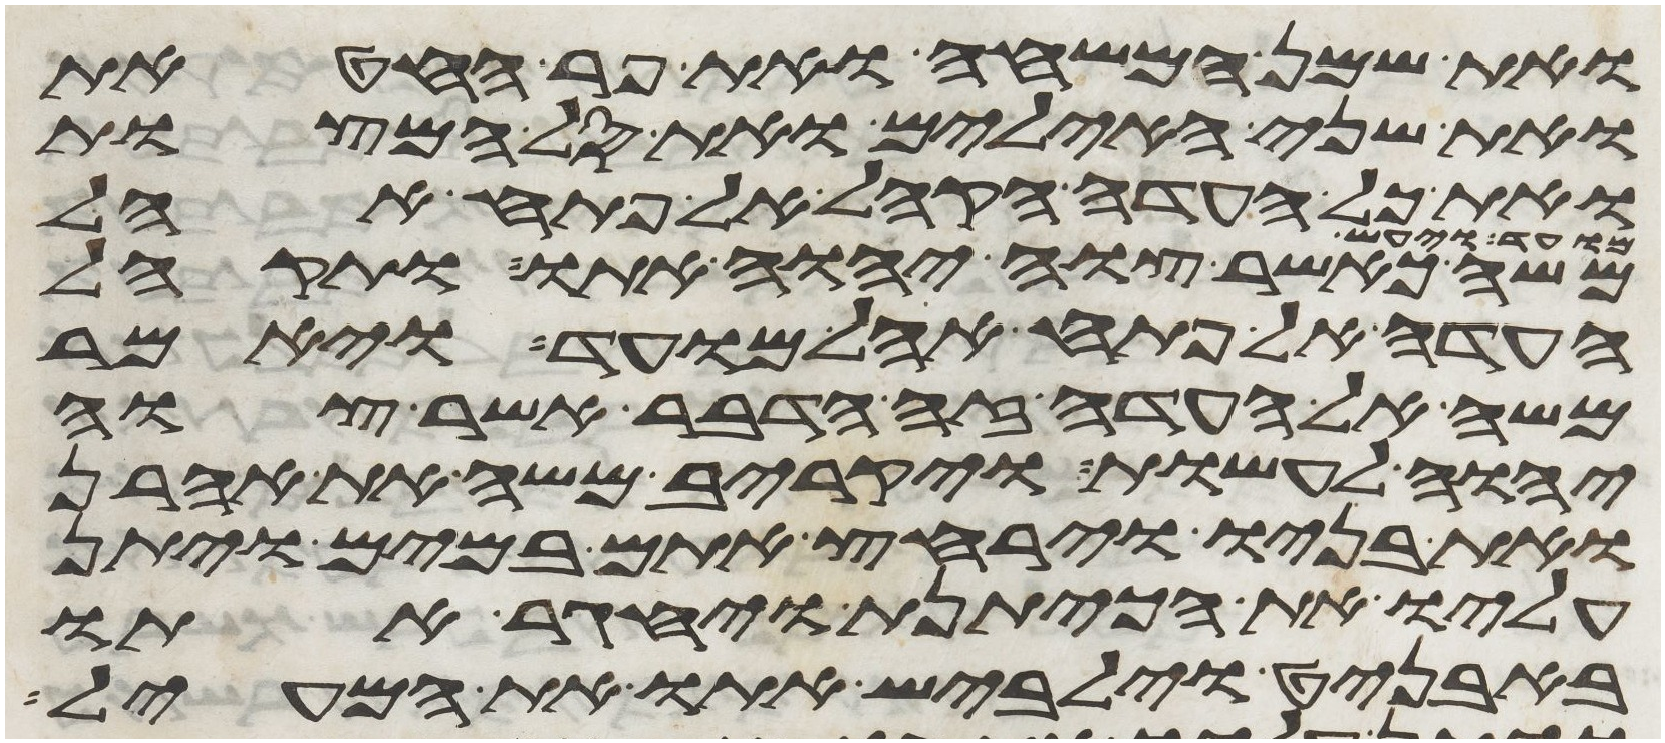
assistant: ואת שמן המשחה ואת פר החטאת
ואת שני האילים ואת סל המצות
ואת כל העדה הקהל אל פתח אהל
משה כאשר צוה יהוה אתו ותקהל
העדה אל פתח אהל מועד ויאמר
משה אל העדה זה הדבר אשר צוה
יהוה לעשות ויקריב משה את אהרן
ואת בניו וירחץ אתם במים ויתן
עליו את הכיתנת ויחגר אתו
באבניט וילבש אתו את המעיל